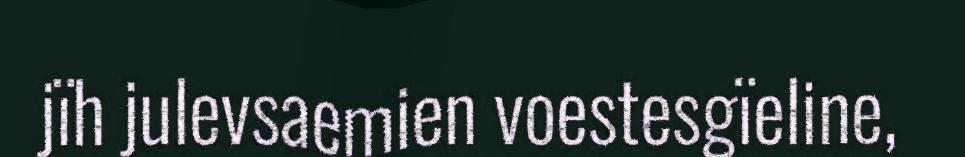
jïh julevsaemien voestesgïeline,